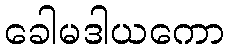
ခေါမဒါယကော